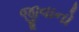
જીવાનો